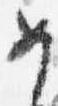
女